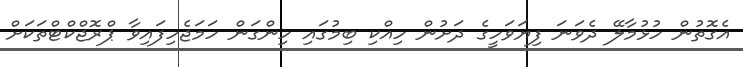
އެގޮތުން ހުޅުމާލޭ ދެވަނަ ފިޔަވަހީގެ ދަށުން ހިއްކި ބިމުގައި ހިންގަން ހަމަޖެހިފައިވާ ޕްރޮޖްކްޓްތަކަށް